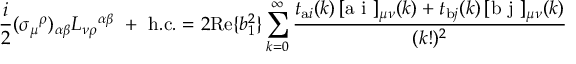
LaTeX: \frac { i } 2 ( \sigma _ { \mu } { } ^ { \rho } ) _ { \alpha \beta } L _ { \nu \rho } { } ^ { \alpha \beta } \ + \ \mathrm { h . c . } = 2 \mathrm { R e } \{ b _ { 1 } ^ { 2 } \} \sum _ { k = 0 } ^ { \infty } \frac { t _ { \mathrm { a } i } ( k ) \, [ \mathrm { a ~ i ~ } ] _ { \mu \nu } { } ( k ) + t _ { \mathrm { b } j } ( k ) \, [ \mathrm { b ~ j ~ } ] _ { \mu \nu } { } ( k ) } { ( k ! ) ^ { 2 } }